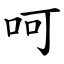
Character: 呵